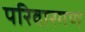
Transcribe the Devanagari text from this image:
परिवारगण